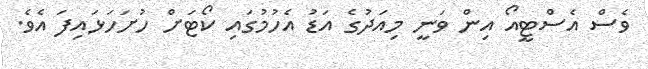
ވެސް އެސްޓީއޯ އިން ވަނީ މިއަދުގެ އަޑު އެހުމުގައި ކޯޓަށް ހުށަހަޅައިފަ އެވެ.